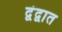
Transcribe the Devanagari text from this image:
द्वंद्वात